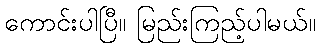
ကောင်းပါပြီ။ မြည်းကြည့်ပါမယ်။